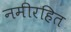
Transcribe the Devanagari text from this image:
नमीरहित